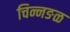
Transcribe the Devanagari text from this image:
चिन्नङळ